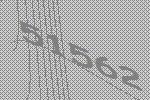
51562